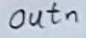
Text: outn